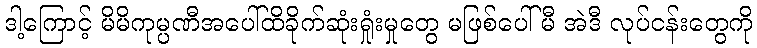
ဒါ့ကြောင့် မိမိကုမ္ပဏီအပေါ်ထိခိုက်ဆုံးရှုံးမှုတွေ မဖြစ်ပေါ်မီ အဲဒီ လုပ်ငန်းတွေကို